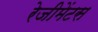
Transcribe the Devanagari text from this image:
रेजीमेंटस